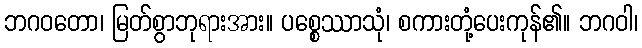
ဘဂဝတော၊ မြတ်စွာဘုရားအား။ ပစ္စေဿာသုံ၊ စကားတုံ့ပေးကုန်၏။ ဘဂဝါ၊